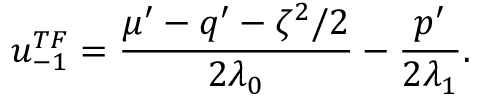
u _ { - 1 } ^ { T F } = \frac { \mu ^ { \prime } - q ^ { \prime } - \zeta ^ { 2 } / 2 } { 2 \lambda _ { 0 } } - \frac { p ^ { \prime } } { 2 \lambda _ { 1 } } .